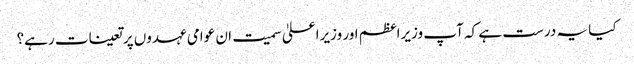
کیا یہ درست ہے کہ آپ وزیراعظم اور وزیراعلیٰ سمیت ان عوامی عہدوں پر تعینات رہے؟